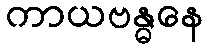
ကာယဗန္ဓနေ